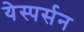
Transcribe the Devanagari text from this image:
येस्पर्सन